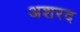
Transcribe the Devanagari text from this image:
अशरद